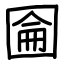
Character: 圇